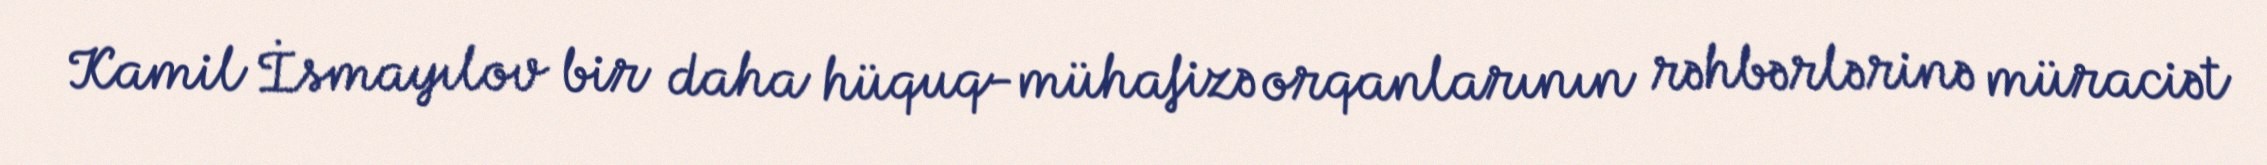
Kamil İsmayılov bir daha hüquq-mühafizə orqanlarının rəhbərlərinə müraciət